Report on sanitation, dispensaries, and jails in Rajputana for 1910, and on vaccination for the year 1910-1911 - 1910-1911
Year: 1910
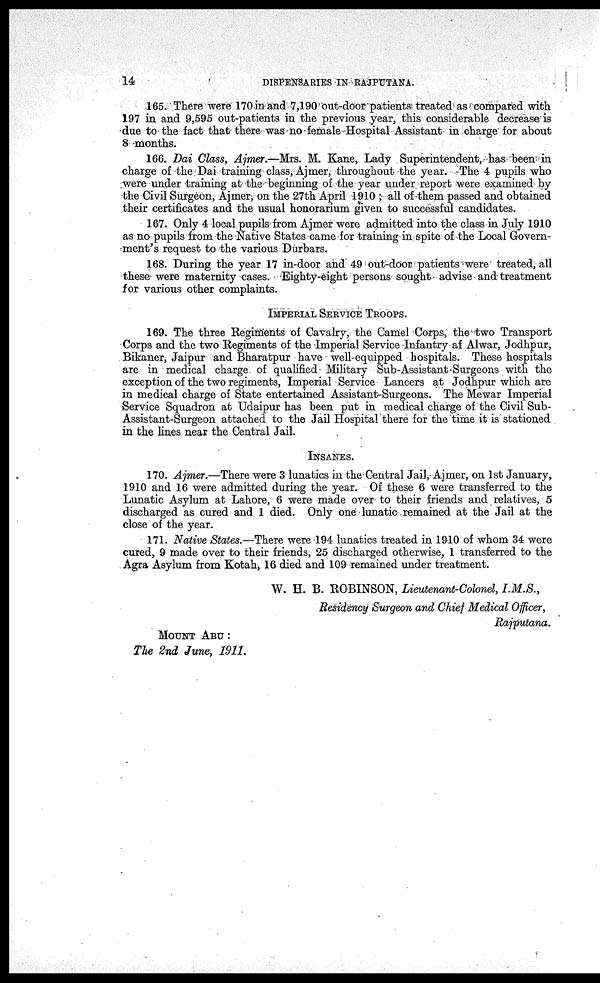
14
DISPENSARIES IN RAJPUTANA.
165. There were 170 in and 7,190 out-door patients treated as compared with
197 in and 9,595 out-patients in the previous year, this considerable decrease is
due to the fact that there was no female Hospital Assistant in charge for about
8 months.
166. Dai Class, Ajmer.—Mrs. M. Kane, Lady Superintendent, has been in
charge of the Dai training class, Ajmer, throughout the year. The 4 pupils who
were under training at the beginning of the year under report were examined by
the Civil Surgeon, Ajmer, on the 27th April 1910 ; all of them passed and obtained
their certificates and the usual honorarium given to successful candidates.
167. Only 4 local pupils from Ajmer were admitted into the class in July 1910
as no pupils from the Native States came for training in spite of the Local Govern-
ment's request to the various Durbars.
168. During the year 17 in-door and 49 out-door patients were treated, all
these were maternity cases. Eighty-eight persons sought advise and treatment
for various other complaints.
IMPERIAL SERVICE TROOPS.
169. The three Regiments of Cavalry, the Camel Corps, the two Transport
Corps and the two Regiments of the Imperial Service Infantry af Alwar, Jodhpur,
Bikaner, Jaipur and Bharatpur have well-equipped hospitals. These hospitals
are in medical charge of qualified Military Sub-Assistant-Surgeons with the
exception of the two regiments, Imperial Service Lancers at Jodhpur which are
in medical charge of State entertained Assistant-Surgeons. The Mewar Imperial
Service Squadron at Udaipur has been put in medical charge of the Civil Sub-
Assistant-Surgeon attached to the Jail Hospital there for the time it is stationed
in the lines near the Central Jail.
INSANES.
170. Ajmer.—There were 3 lunatics in the Central Jail, Ajmer, on 1st January,
1910 and 16 were admitted during the year. Of these 6 were transferred to the
Lunatic Asylum at Lahore, 6 were made over to their friends and relatives, 5
discharged as cured and 1 died. Only one lunatic remained at the Jail at the
close of the year.
171. Native States.—There were 194 lunatics treated in 1910 of whom 34 were
cured, 9 made over to their friends, 25 discharged otherwise, 1 transferred to the
Agra Asylum from Kotah, 16 died and 109 remained under treatment.
W. H. B. ROBINSON, Lieutenant-Colonel, I.M.S.,
Residency Surgeon and Chief Medical Officer,
Rajputana.
MOUNT ABU :
The 2nd June, 1911.